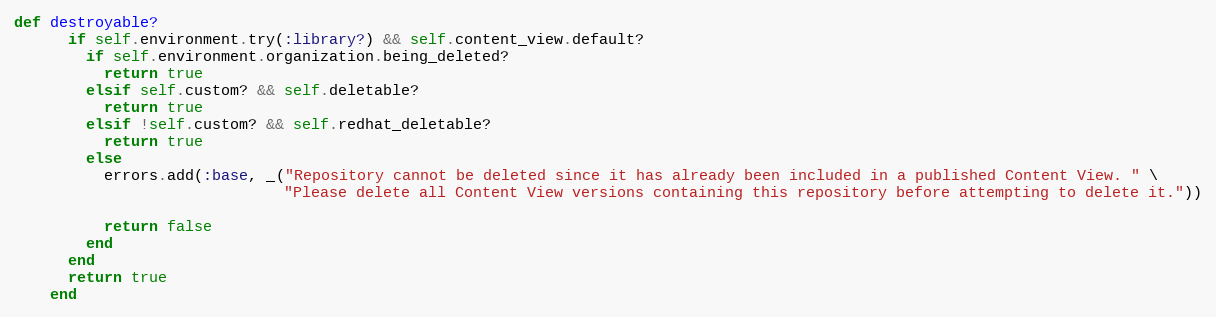
Language: Ruby
def destroyable?
      if self.environment.try(:library?) && self.content_view.default?
        if self.environment.organization.being_deleted?
          return true
        elsif self.custom? && self.deletable?
          return true
        elsif !self.custom? && self.redhat_deletable?
          return true
        else
          errors.add(:base, _("Repository cannot be deleted since it has already been included in a published Content View. " \
                              "Please delete all Content View versions containing this repository before attempting to delete it."))

          return false
        end
      end
      return true
    end